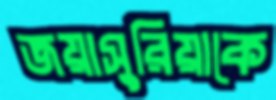
জয়াসুরিয়াকে